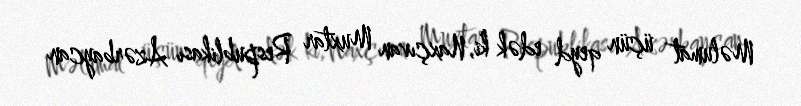
Məlumat üçün qeyd edək ki, Naxçıvan Muxtar Respublikası Azərbaycan